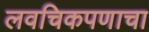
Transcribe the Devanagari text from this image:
लवचिकपणाचा